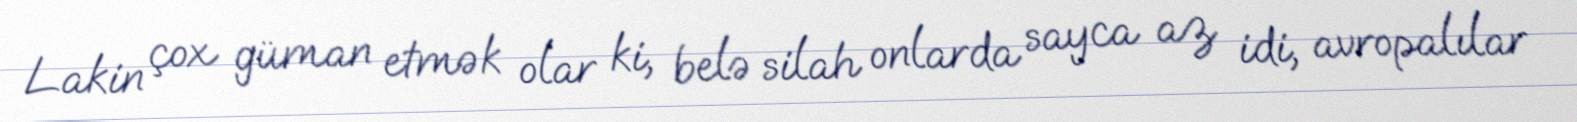
Lakin çox güman etmək olar ki, belə silah onlarda sayca az idi, avropalılar